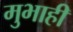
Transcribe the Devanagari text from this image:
मुभाही